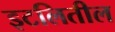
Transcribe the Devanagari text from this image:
इटलितील